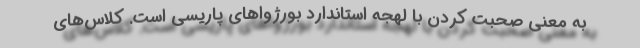
به معنی صحبت کردن با لهجه استاندارد بورژواهای پاریسی است. کلاس‌های